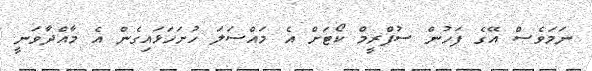
ނަމަވެސް އޭގެ ފަހުން ސުޕްރީމް ކޯޓަށް އެ މައްސަލަ ހުށަހަޅައިގެން އެ މާއްދާވަނީ